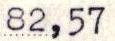
82,57